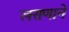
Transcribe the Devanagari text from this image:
लसणाने